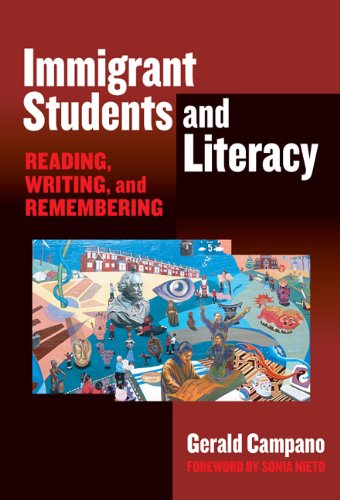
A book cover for Immigrant Students and Literacy: Reading, Writing, and Remembering (Practitioner Inquiry Series); Gerald Campano; Politics & Social Sciences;